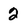
Character: 2